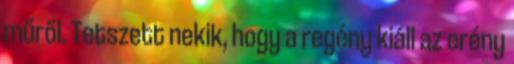
műről. Tetszett nekik, hogy a regény kiáll az erény